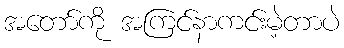
အတော်ကို အကြင်နာကင်းမဲ့တာပဲ